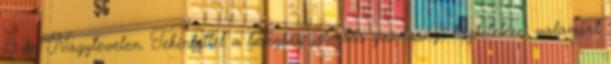
19-én Nagytevelen. Tekintettel a betegség jelentős gazdasági kártételére, valamint